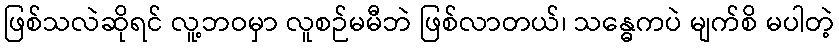
ဖြစ်သလဲဆိုရင် လူ့ဘဝမှာ လူစဉ်မမီဘဲ ဖြစ်လာတယ်၊ သန္ဓေကပဲ မျက်စိ မပါတဲ့